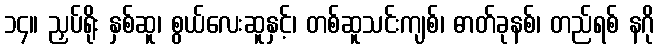
၁၄။ ညှပ်ရိုး နှစ်ဆူ၊ စွယ်လေးဆူနှင့်၊ တစ်ဆူသင်းကျစ်၊ ဓာတ်ခုနစ်၊ တည်ရစ် နဂို